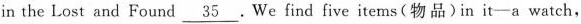
in the Lost and Found \underline{35} . We find five items (物品) in it-a watch,